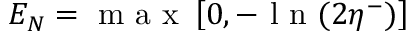
E _ { N } = \textup { m a x } \left[ 0 , - \textup { l n } ( 2 \eta ^ { - } ) \right]